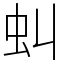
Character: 虯